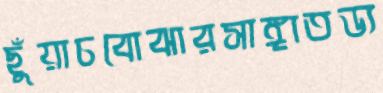
ছুঁয়াচবোঝারসাঙ্গাতড্য